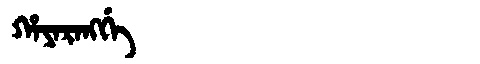
Manchu: ᡥᠠᠶᠠᡵᠠᠩᡤᡝ
Romanization: HAYARANGGE